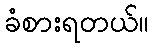
ခံစားရတယ်။